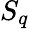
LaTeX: S_{q}